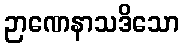
ဉာဏေနာသဒိသော